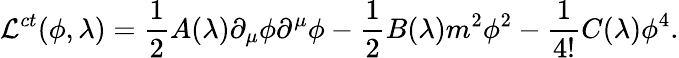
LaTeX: {\cal L}^{ct}(\phi,\lambda)={\frac{1}{2}}A(\lambda)\partial_{\mu}\phi\partial^{\mu}\phi-{\frac{1}{2}}B(\lambda)m^{2}\phi^{2}-{\frac{1}{4!}}C(\lambda)\phi^{4}.